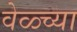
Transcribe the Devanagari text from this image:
वेळ्च्या